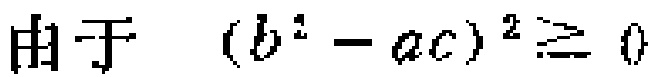
由于 \((b^{2}-ac)^{2}\geq 0\)